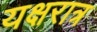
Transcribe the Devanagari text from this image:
यक्षरात्र